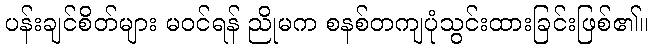
ပန်းချင်စိတ်များ မဝင်ရန် ညိုမက စနစ်တကျပုံသွင်းထားခြင်းဖြစ်၏။